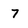
Character: 7